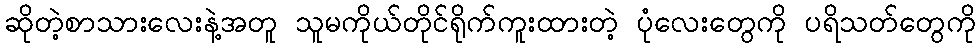
ဆိုတဲ့စာသားလေးနဲ့အတူ သူမကိုယ်တိုင်ရိုက်ကူးထားတဲ့ ပုံလေးတွေကို ပရိသတ်တွေကို